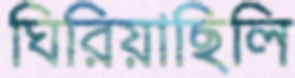
ঘিরিয়াছিলি